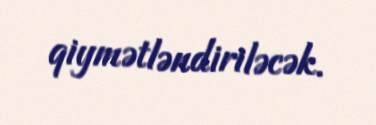
qiymətləndiriləcək.